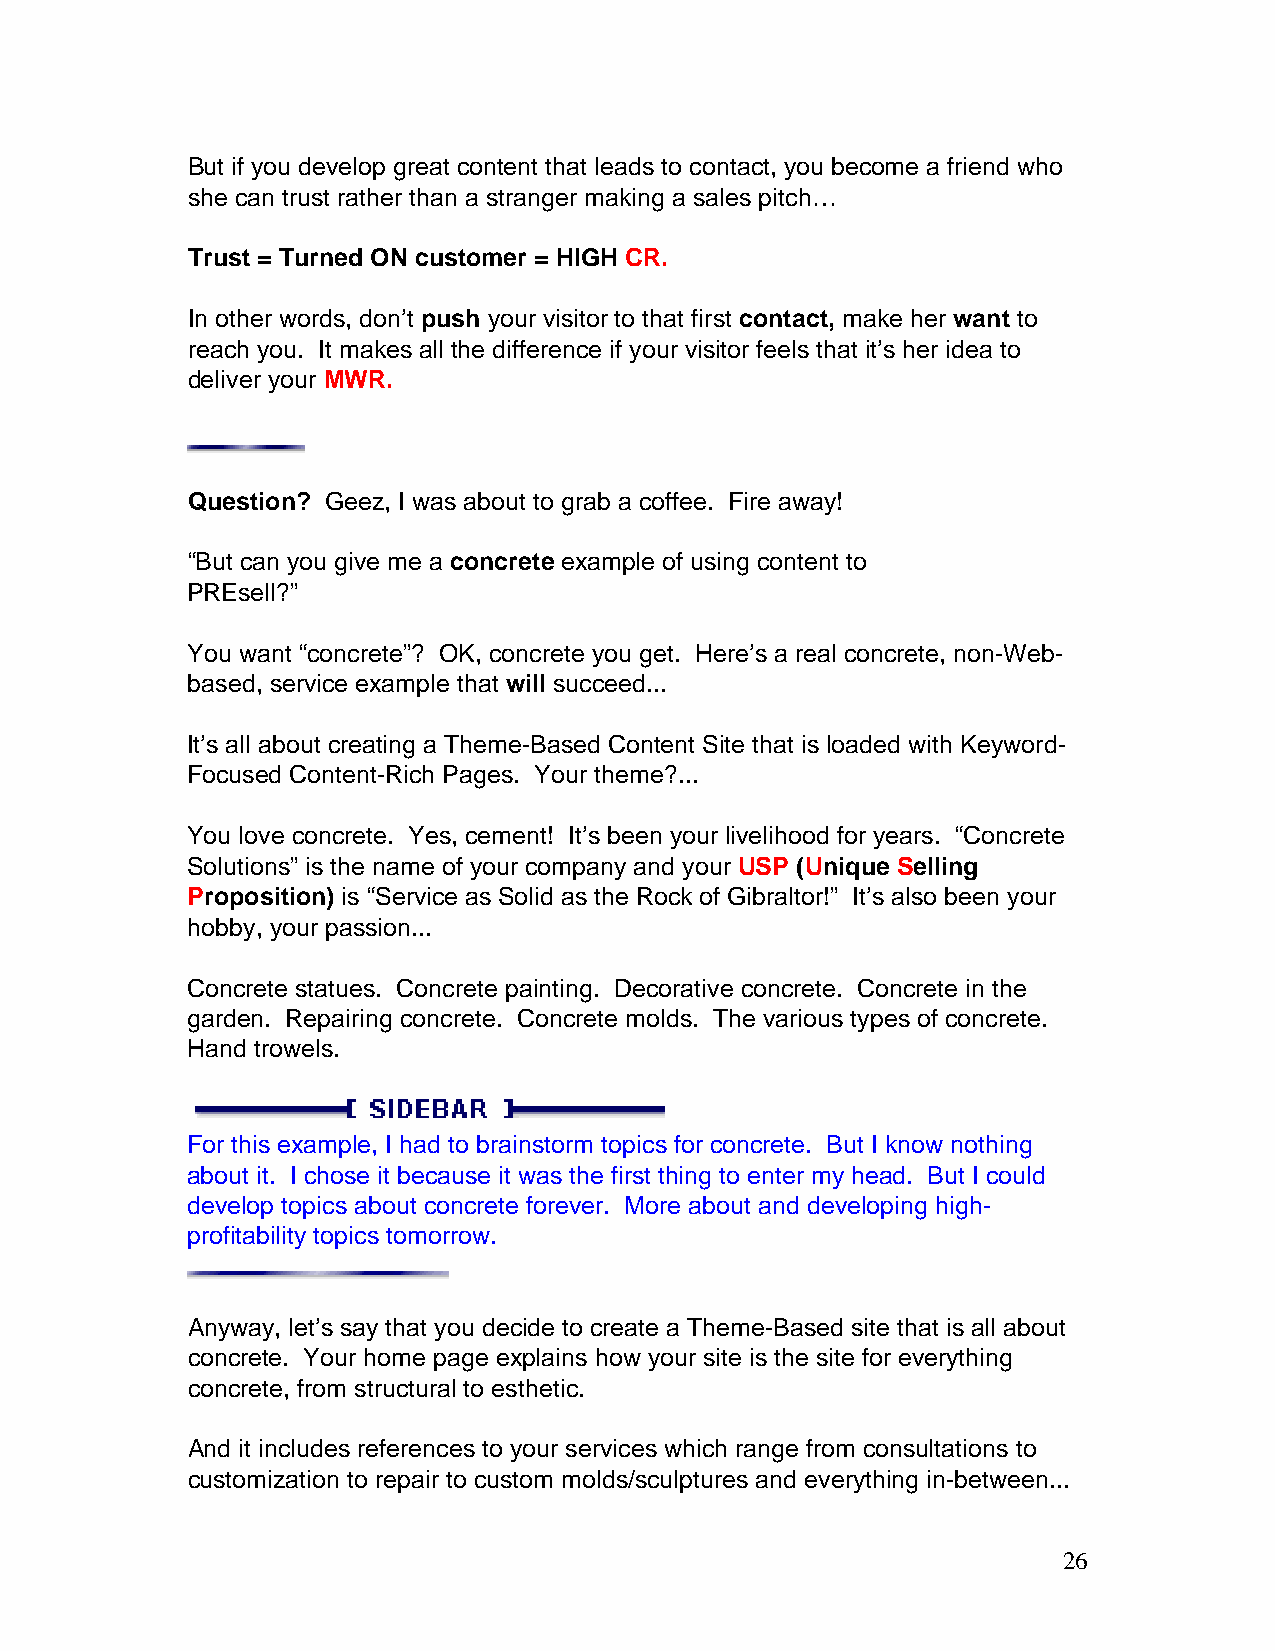
But if you develop great content that leads to contact, you become a friend who
 she can trust rather than a stranger making a sales pitch…
 Trust = Turned ON customer = HIGH CR.
 In other words, don’t push your visitor to that first contact, make her want to
 reach you. It makes all the difference if your visitor feels that it’s her idea to
 deliver your MWR.
 Question? Geez, I was about to grab a coffee. Fire away!
 “But can you give me a concrete example of using content to
 PREsell?”
 You want “concrete”? OK, concrete you get. Here’s a real concrete, non-Web-
 based, service example that will succeed...
 It’s all about creating a Theme-Based Content Site that is loaded with Keyword-
 Focused Content-Rich Pages. Your theme?...
 You love concrete. Yes, cement! It’s been your livelihood for years. “Concrete
 Solutions” is the name of your company and your USP (Unique Selling
 Proposition) is “Service as Solid as the Rock of Gibraltor!” It’s also been your
 hobby, your passion...
 Concrete statues. Concrete painting. Decorative concrete. Concrete in the
 garden. Repairing concrete. Concrete molds. The various types of concrete.
 Hand trowels.
 For this example, I had to brainstorm topics for concrete. But I know nothing
 about it. I chose it because it was the first thing to enter my head. But I could
 develop topics about concrete forever. More about and developing high-
 profitability topics tomorrow.
 Anyway, let’s say that you decide to create a Theme-Based site that is all about
 concrete. Your home page explains how your site is the site for everything
 concrete, from structural to esthetic.
 And it includes references to your services which range from consultations to
 customization to repair to custom molds/sculptures and everything in-between...
 26